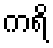
ကရိ